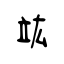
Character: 竑